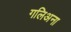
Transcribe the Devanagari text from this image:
गलिअना